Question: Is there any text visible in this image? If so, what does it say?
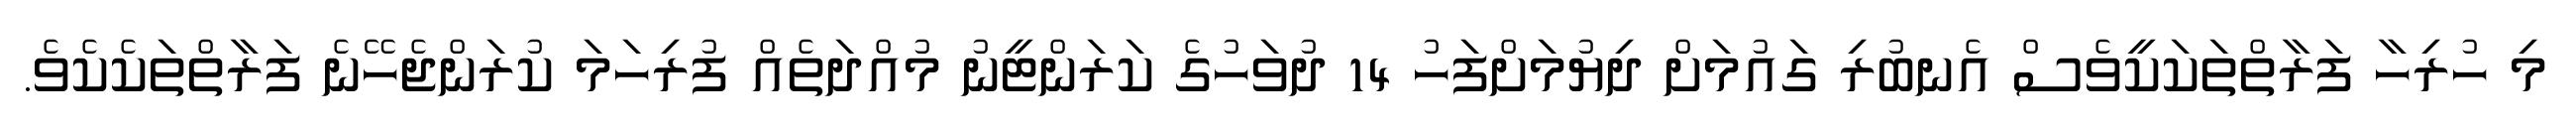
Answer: މި ހުރިހާ ފަރާތްތަކަކީވެސް އެނބުރި ގައުމަށް ދިޔުމަށްފަހު 14 ދުވަހުގެ ކަރަންޓީނު މުއްދަތެއް ފުރިހަމަ ކުރަންޖެހޭނެ ފަރާތްތަކެކެވެ.